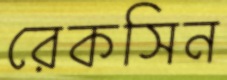
রেকসিন